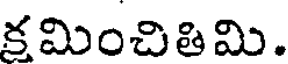
కమించితిమి.